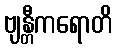
ဗျန္တီကရောတိ